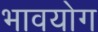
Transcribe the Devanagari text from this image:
भावयोग